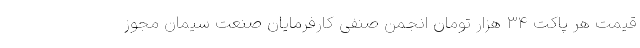
قیمت هر پاکت ۳۴ هزار تومان انجمن صنفی کارفرمایان صنعت سیمان مجوز